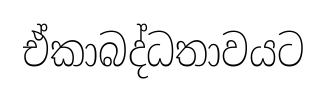
ඒකාබද්ධතාවයට